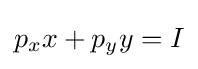
p_{x}x+p_{y}y=I